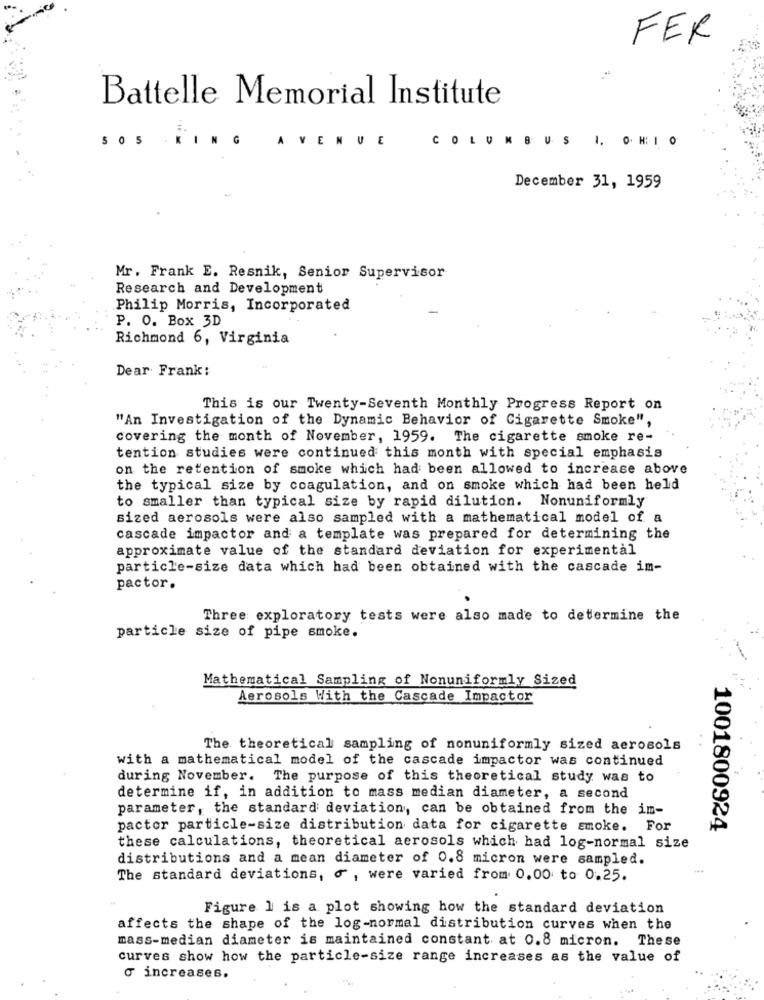
FER
Battelle Memorial Institute
505
-KING
A
EN
VE
COLUMBUS I. O. H:IO
December 31, 1959
Mr. Frank E. Resnik, Senior Supervisor
Research and Development
Philip Morris, Incorporated
P. O. Box 3D
Richmond 6, Virginia
Dear Frank:
This is our Twenty-Seventh Monthly Progress Report on
"An Investigation of the Dynamic Behavior of Cigarette Smoke",
covering the month of November, 1959. The cigarette smoke re-
tention studies were continued this month with special emphasis
on the retention of smoke which had been allowed to increase above
the typical size by coagulation, and on smoke which had been held
to smaller than typical size by rapid dilution. Nonuniformly
sized aerosols were also sampled with a mathematical model of a
cascade impactor and a template was prepared for determining the
approximate value of the standard deviation for experimental
particle-size data which had been obtained with the cascade im-
pactor.
Three exploratory tests were also made to determine the
particle size of pipe smoke.
Mathematical Sampling of Nonuniformly Sized
Aerosols With the Cascade Impactor
The theoretical sampling of nonuniformly sized aerosols
with a mathematical model of the cascade impactor was continued
during November. The purpose of this theoretical study was to
determine if, in addition to mass median diameter, a second
parameter, the standard deviation, can be obtained from the im-
pactor particle-size distribution data for cigarette smoke. For
1001800924
these calculations, theoretical aerosols which had log-normal size
distributions and a mean diameter of 0.8 micron were sampled.
The standard deviations, o , were varied from 0.00 to 0.25.
Figure 1 is a plot showing how the standard deviation
affects the shape of the log-normal distribution curves when the
mass-median diameter is maintained constant at 0.8 micron. These
curves show how the particle-size range increases as the value of
G increases.